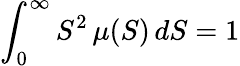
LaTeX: \int_{0}^{\infty}S^{2}\, \mu(S)\, dS=1